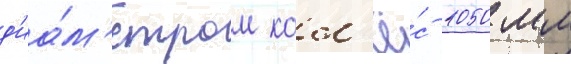
д'иа́м'етром кол'ё́с 1050 мм